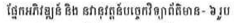
ផ្នែកអភិវឌ្ឍន៍ និង នវានុវត្តន៍បច្ចេកវិទ្យាព័ត៌មាន- ៦ រូប